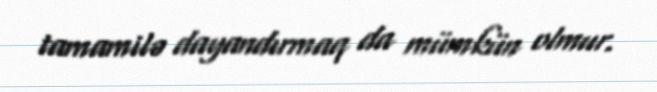
tamamilə dayandırmaq da mümkün olmur.